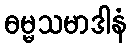
ဓမ္မသမာဒါနံ